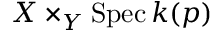
X \times _ { Y } \operatorname { S p e c } k ( p )